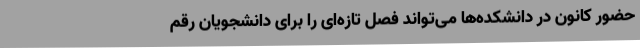
حضور کانون در دانشکده‌ها می‌تواند فصل تازه‌ای را برای دانشجویان رقم